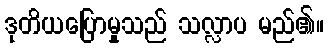
ဒုတိယပြောမှုသည် သလ္လာပ မည်၏။